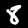
Label: 8